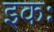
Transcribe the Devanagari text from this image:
इकः